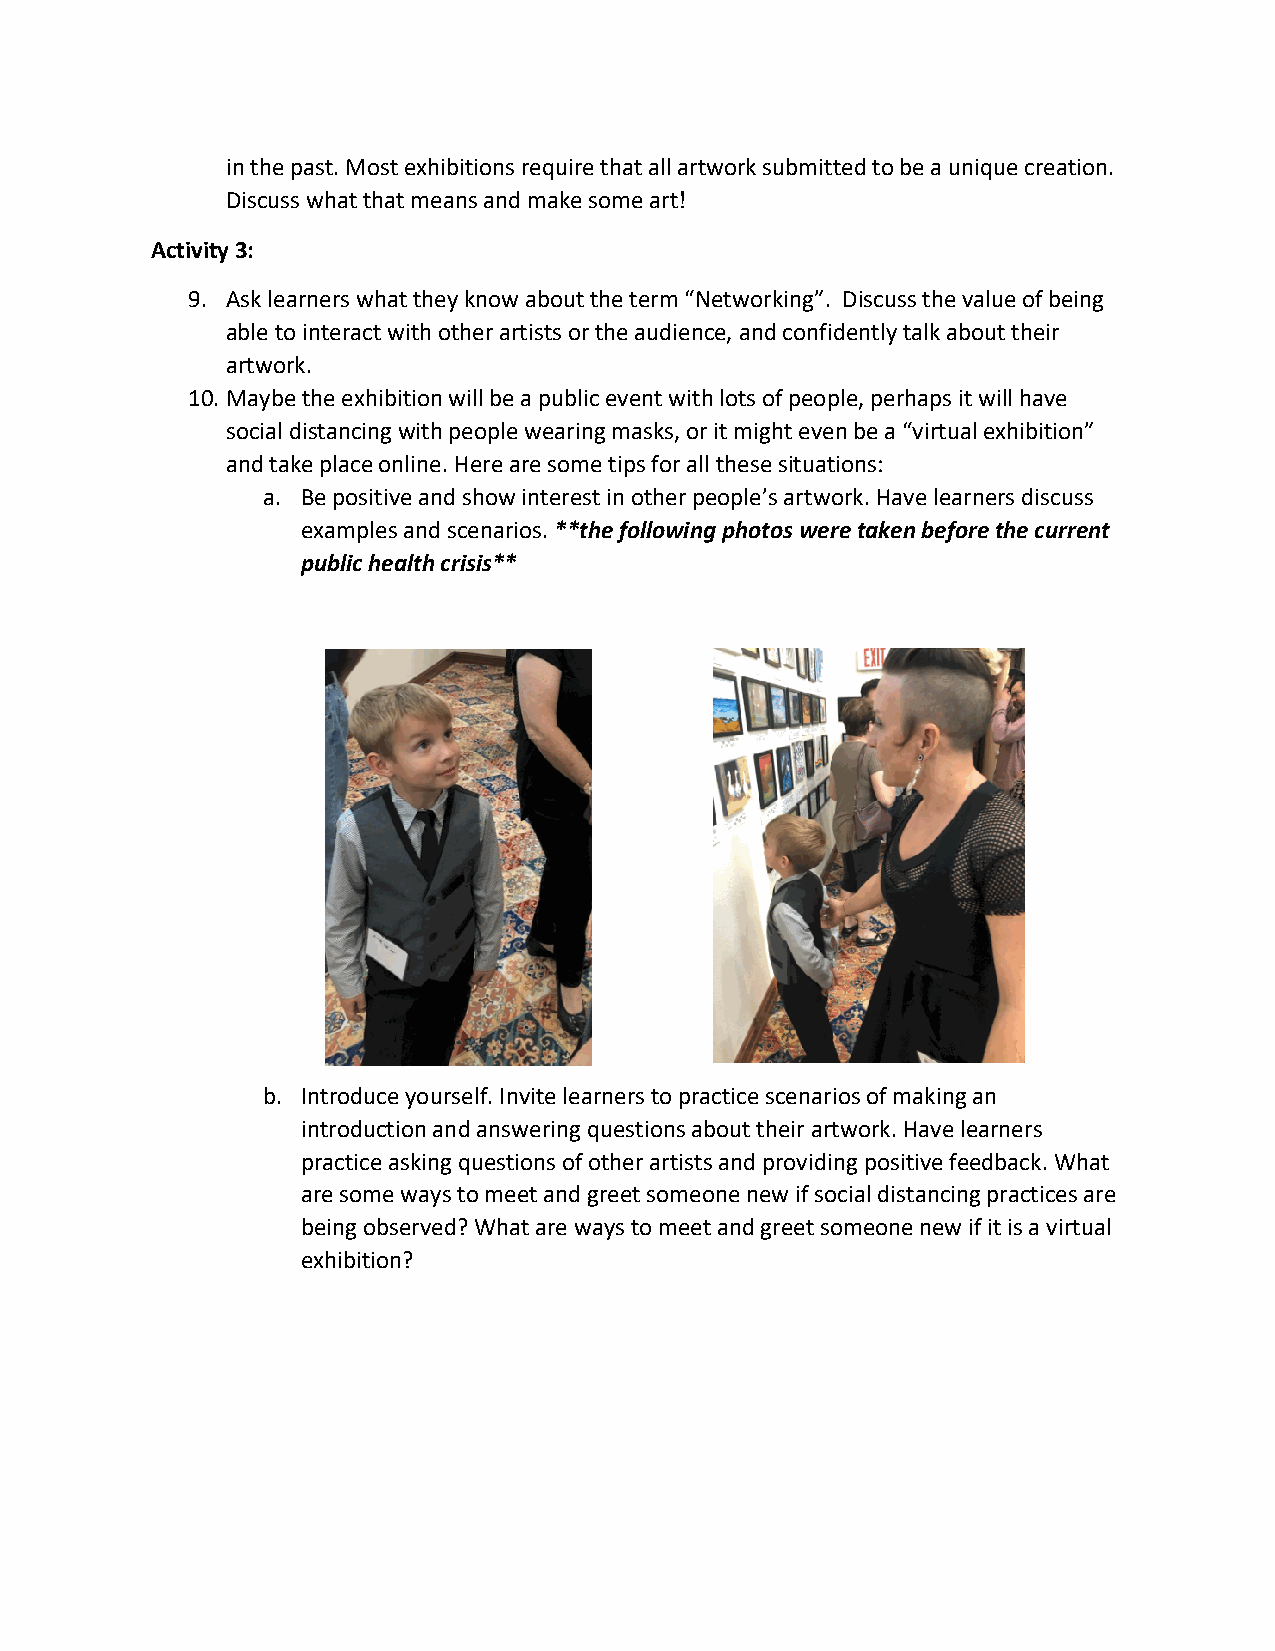
in the past. Most exhibitions require that all artwork submitted to be a unique creation.
 Discuss what that means and make some art!
 Activity 3:
 9. Ask learners what they know about the term “Networking”. Discuss the value of being
 able to interact with other artists or the audience, and confidently talk about their
 artwork.
 10. Maybe the exhibition will be a public event with lots of people, perhaps it will have
 social distancing with people wearing masks, or it might even be a “virtual exhibition”
 and take place online. Here are some tips for all these situations:
 a. Be positive and show interest in other people’s artwork. Have learners discuss
 examples and scenarios. **the following photos were taken before the current
 public health crisis**
 b. Introduce yourself. Invite learners to practice scenarios of making an
 introduction and answering questions about their artwork. Have learners
 practice asking questions of other artists and providing positive feedback. What
 are some ways to meet and greet someone new if social distancing practices are
 being observed? What are ways to meet and greet someone new if it is a virtual
 exhibition?